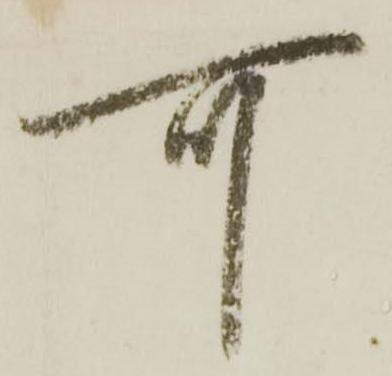
可